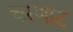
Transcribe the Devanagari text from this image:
चरणाट